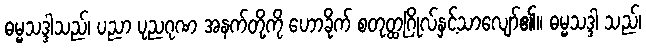
ဓမ္မသဒ္ဒါသည်၊ ပညာ ပုညဂုဏ အနက်တို့ကို ဟောခိုက် စတုတ္ထဂြိုလ်နှင့်သာလျော်၏။ ဓမ္မသဒ္ဒါ သည်၊